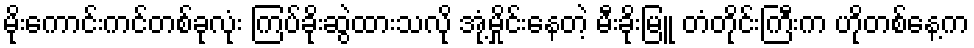
မိုးကောင်းကင်တစ်ခုလုံး ကြပ်ခိုးဆွဲထားသလို အုံ့မှိုင်းနေတဲ့ မီးခိုးမြူ တံတိုင်းကြီးက ဟိုတစ်နေ့က